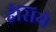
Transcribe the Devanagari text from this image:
हँसिये